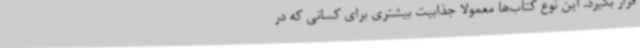
قرار بگیرد. این‌ نوع کتاب‌ها معمولا جذابیت بیشتری برای کسانی که در